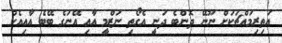
އަތިރިމައްޗަކަށް ނޫނޭ ދޮންބެ ދަނީ އެގޯތި ނަޒްމީ އާއި އޭނަގެ ބޭބެ އާއިއެކު